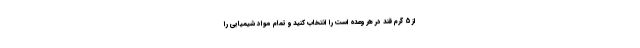
از 5 گرم قند در هر وعده است را انتخاب کنید و تمام مواد شیمیایی را